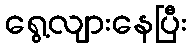
ရွေ့လျားနေပြီး